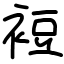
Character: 裋